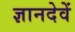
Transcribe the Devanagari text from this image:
ज्ञानदेवें